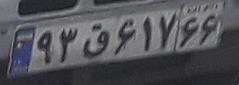
۹۳ق۶۱۷۶۶